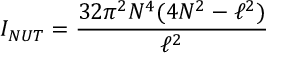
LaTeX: I _ { N U T } = \frac { 3 2 \pi ^ { 2 } N ^ { 4 } ( 4 N ^ { 2 } - \ell ^ { 2 } ) } { \ell ^ { 2 } }